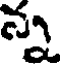
న్న